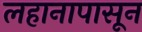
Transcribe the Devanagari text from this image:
लहानापासून